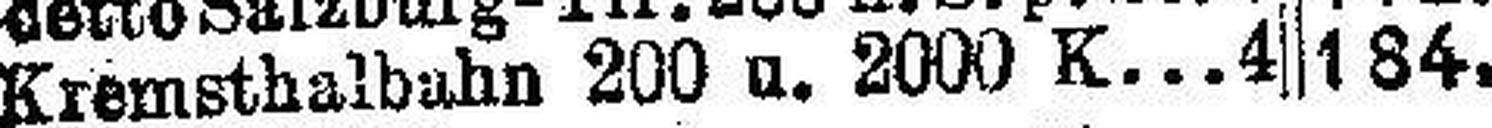
Kremsthalbahn 200 u. 2000 K.4